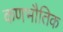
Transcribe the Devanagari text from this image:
कणभौतिक